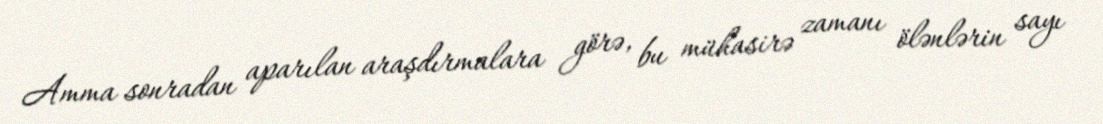
Amma sonradan aparılan araşdırmalara görə, bu mühasirə zamanı ölənlərin sayı